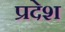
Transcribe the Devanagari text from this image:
प्रदेश्‍ा